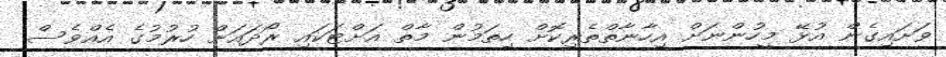
ވަށައިގެން އުޅޭ މީހުންނަށް އިހާނާތްތެރިކޮށް ހިތަމުން މާތް އަށްޓަކައި ރޯދައަށް ހުރުމުގެ އެއްވެސް